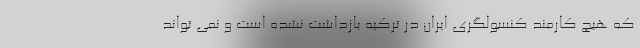
که هیچ کارمند کنسولگری ایران در ترکیه بازداشت نشده است و نمی تواند